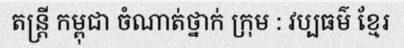
តន្ត្រី កម្ពុជា ចំណាត់ថ្នាក់ ក្រុម : វប្បធម៌ ខ្មែរ